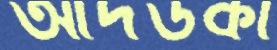
আদউকা